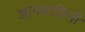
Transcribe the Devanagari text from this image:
ज्ञानडाकिनी